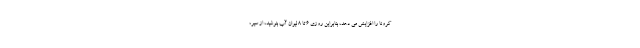
کرونا را افزایش می دهد، بنابراین روزی ۶ تا ۸ لیوان آب بنوشید، از سیر،